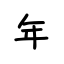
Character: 年